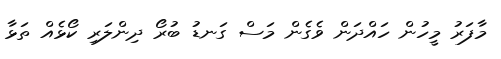
މާފަރު މީހުން ހައްދަން ވެގެން މަސް ގަނޑު ބުރޯ ދިންލަރި ކޯޅެއް ތަޅާ